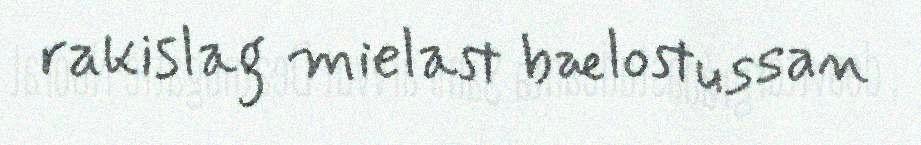
rakislag mielast bælostussan